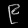
Digit: ၉